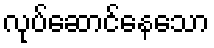
လုပ်ဆောင်နေသော